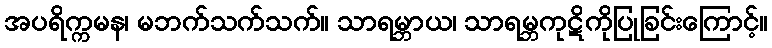
အပရိက္ကမန၊ မဘက်သက်သက်။ သာရမ္ဘာယ၊ သာရမ္ဘကုဋိကိုပြုခြင်းကြောင့်။